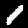
Digit: 1